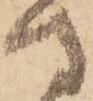
守